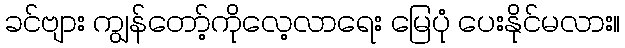
ခင်ဗျား ကျွန်တော့်ကိုလေ့လာရေး မြေပုံ ပေးနိုင်မလား။